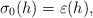
\begin{align*}\sigma_{0}(h)=\varepsilon(h),\end{align*}